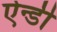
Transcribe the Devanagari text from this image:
ऐन्डी